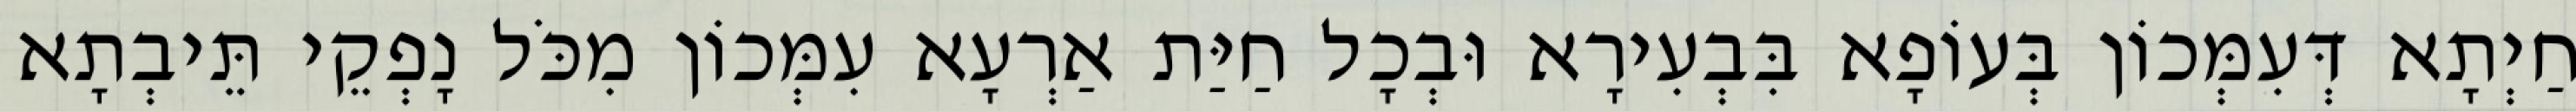
חַיְתָא דְּעִמְּכוֹן בְּעוֹפָא בִּבְעִירָא וּבְכָל חַיַּת אַרְעָא עִמְּכוֹן מִכֹּל נָפְקֵי תֵּיבְתָא